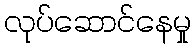
လုပ်ဆောင်နေမှု